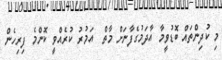
މި ކުދިންތައް ބޮޑުވީމާ އާދަމުގެފާނަށް މާތް  އަމުރު ކުރެއްވީ ކޮންމެ ފިިރިހެން